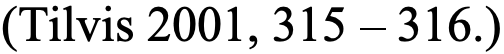
(Tilvis 2001, 315 – 316.)